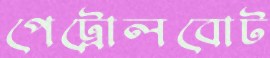
পেট্রোলবোট